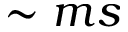
\sim m s